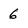
Character: 6